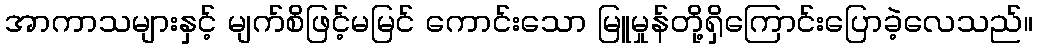
အာကာသများနှင့် မျက်စိဖြင့်မမြင် ကောင်းသော မြူမှုန်တို့ရှိကြောင်းပြောခဲ့လေသည်။